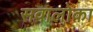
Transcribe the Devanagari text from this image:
सवालोका